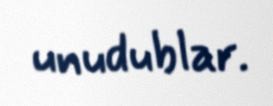
unudublar.